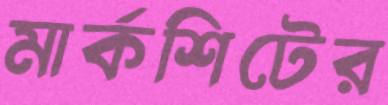
মার্কশিটের